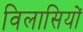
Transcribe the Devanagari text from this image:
विलासियों